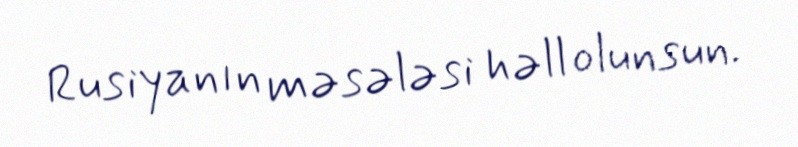
Rusiyanın məsələsi həll olunsun.